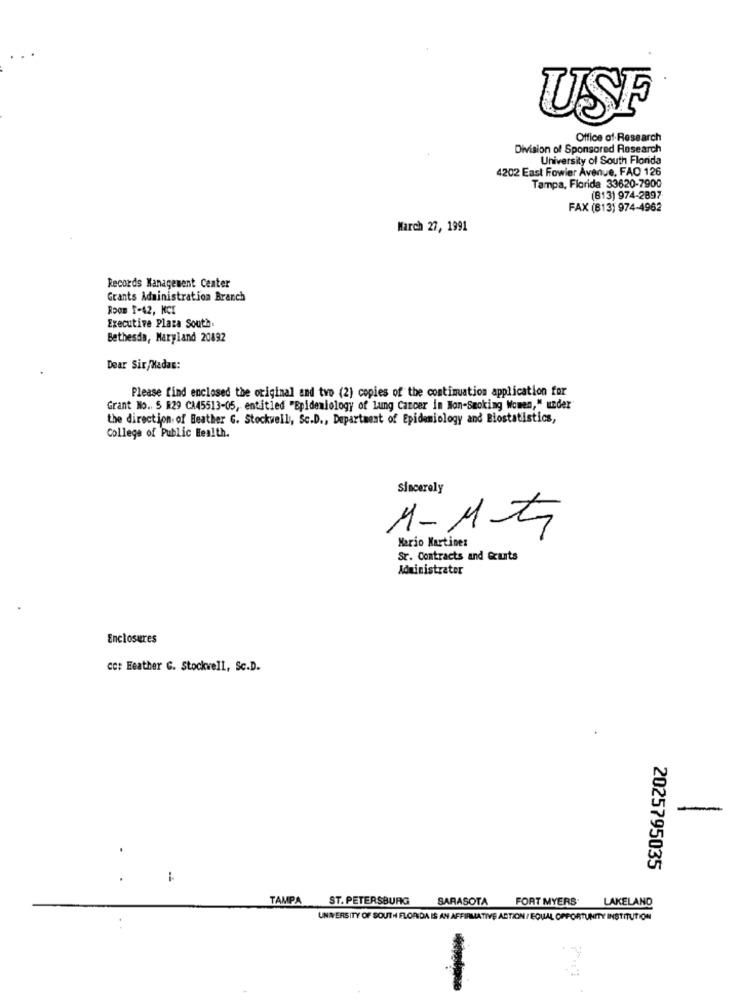
USF
Office of Research
Division of Sponsored Research
University of South Florida
4202 East Fowler Avenue, FAO 126
Tampa, Florida 33620-7900
(B13) 974-2897
FAX (813) 974-4962
March 27, 1991
Records Management Center
Grants Administration Branch
Room T-42, KCI
Executive Plaza South.
Bethesda, Maryland 20892
Dear Sir,Xadas:
Please find enclosed the original and two (2) copies of the continuation application for
Grant No. 5 R29 CA45513-05, entitled "Epidemiology of Lung Cancer in Non-Smoking Women," under
the direction of Beather G. Stockwell, Sc.D ., Department of Epidemiology and Biostatistics,
College of Public Health.
sincerely
1-1t
Mario Martine:
Sr. Contracts and &cuts
Administrator
Enclosures
co: Heather G. Stockwell, Sc.D.
-
2025795035
TAMPA
ST. PETERSBURG
SARASOTA
FORT MYERS
LAKELAND
UNIVERSITY OF SOUTH FLORIDA IS AN AFFIRMATIVE ACTION / EQUAL OPPORTUNITY INSTITUTION